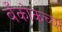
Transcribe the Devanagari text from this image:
बँकोकच्या